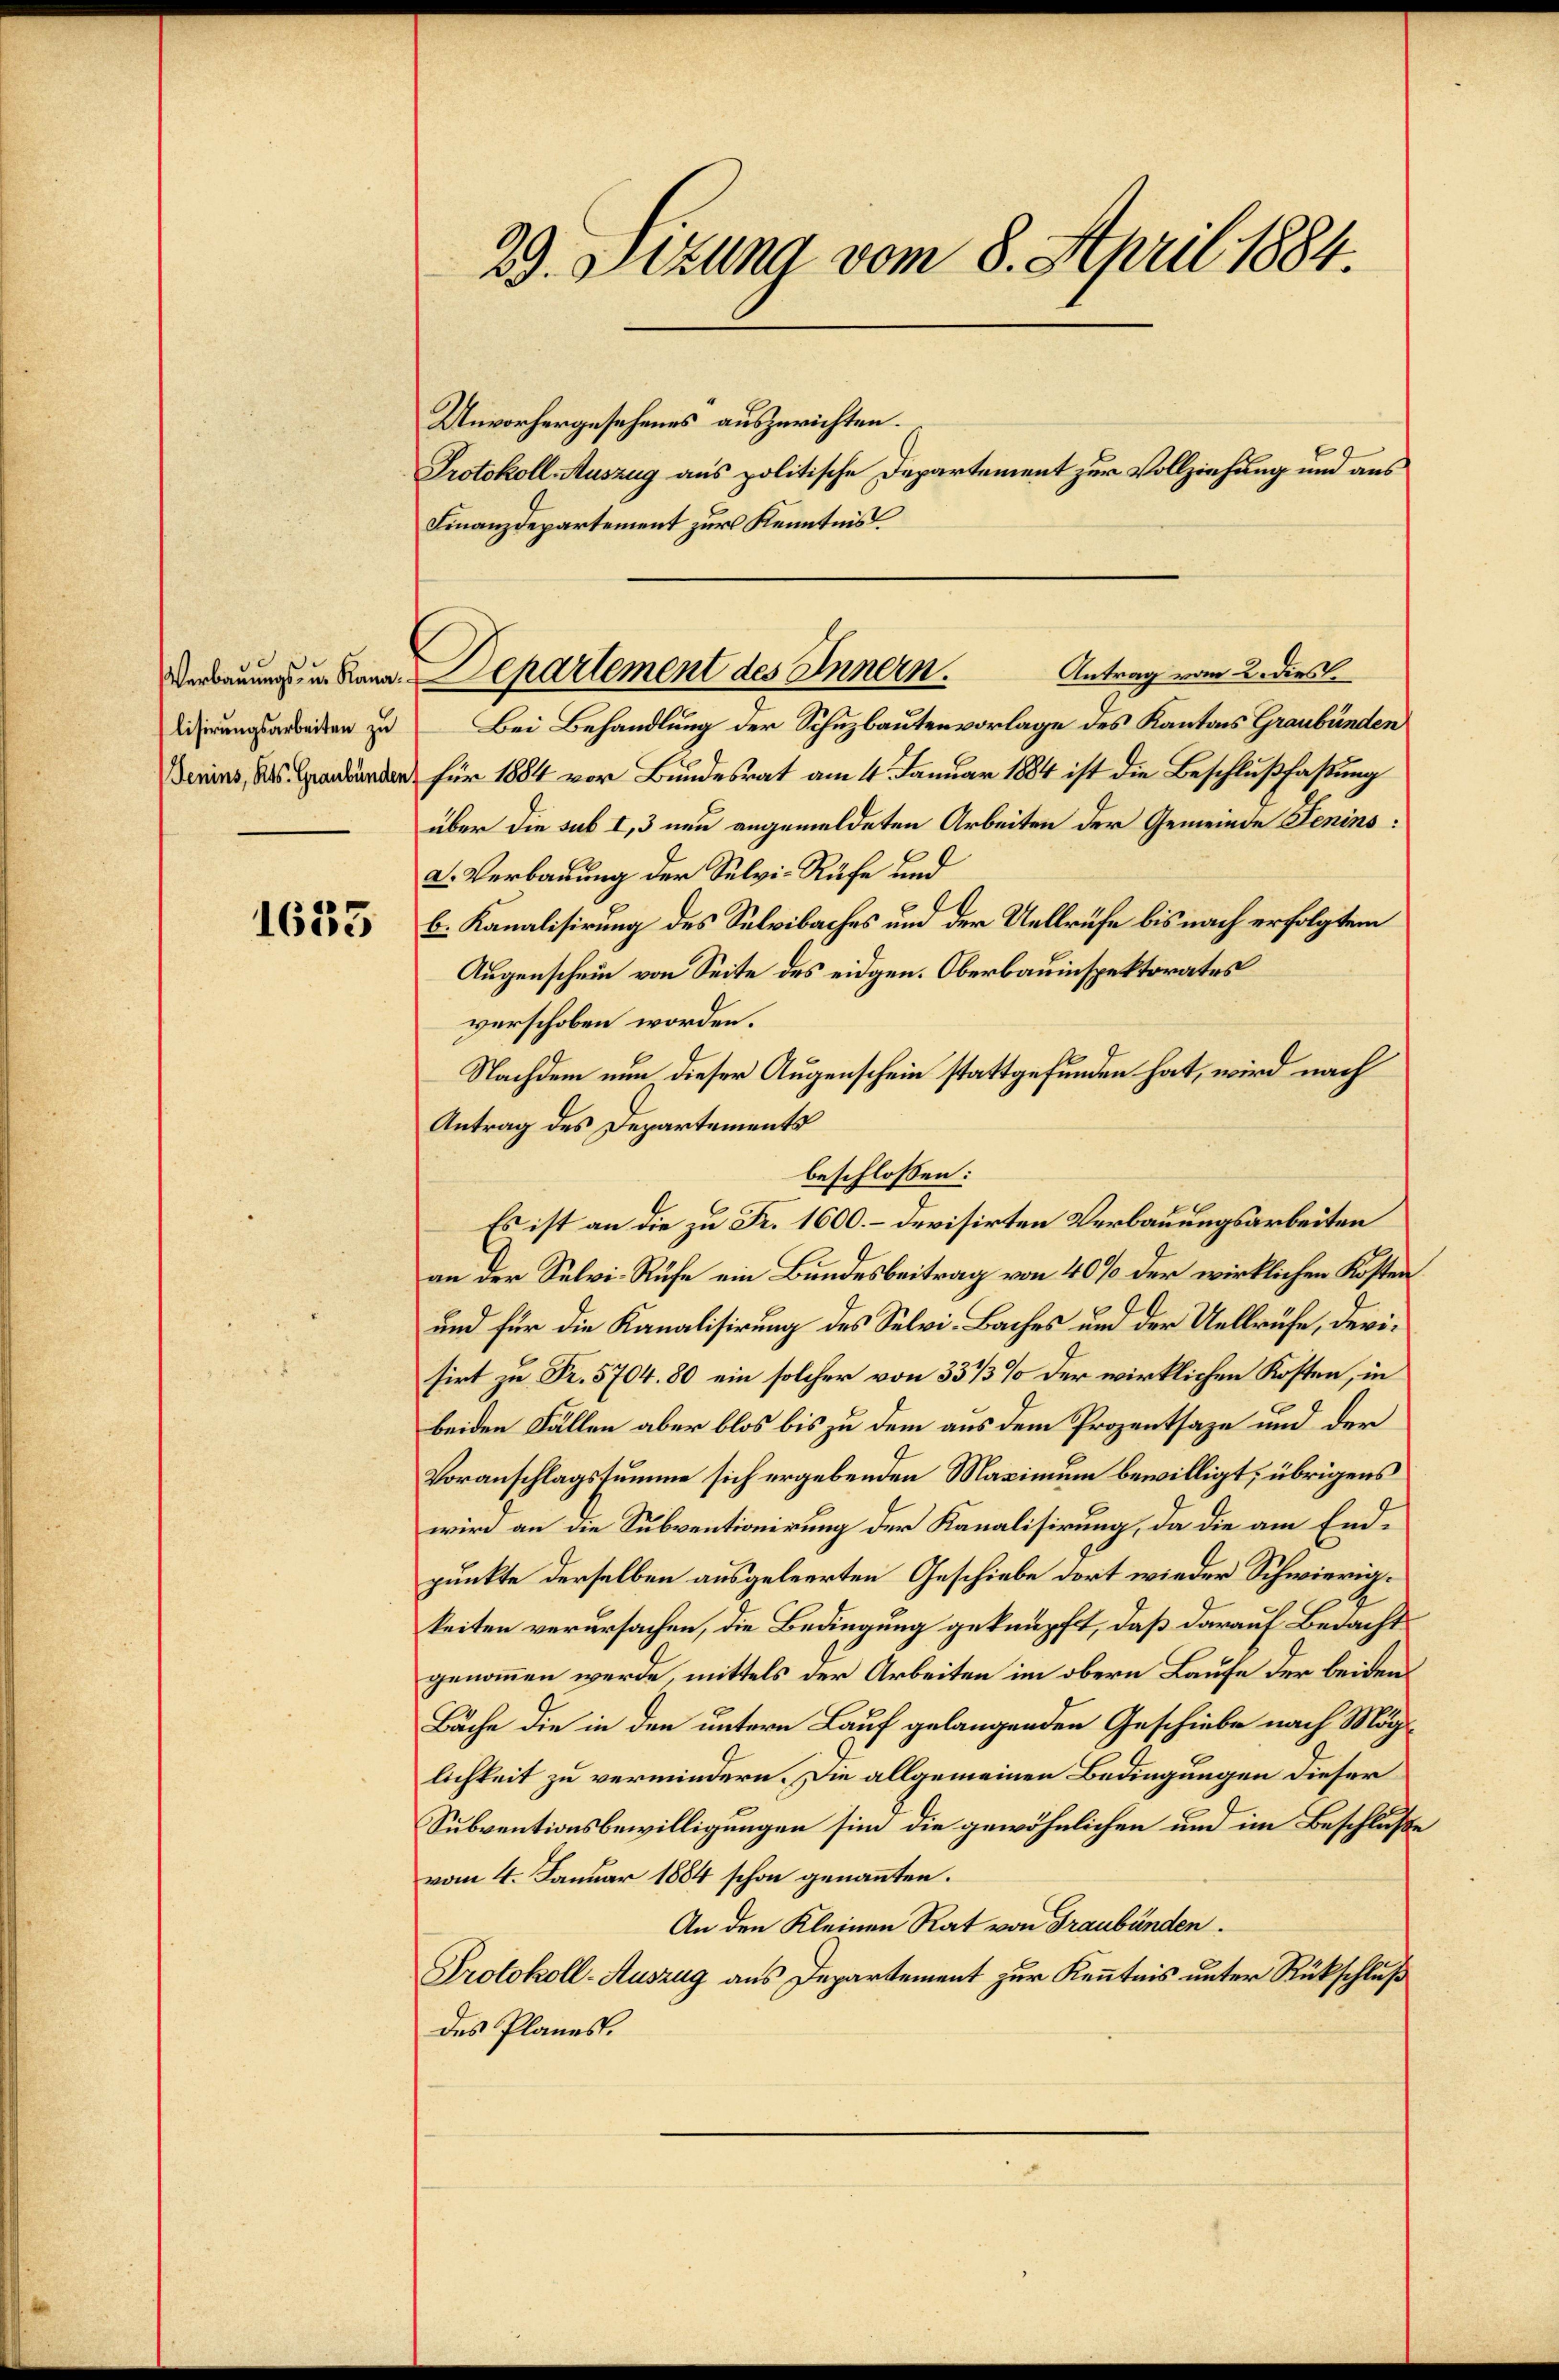
Verbauungs- u. Kana
lisirungsarbeiten zu
Jenins, Kts. Graubünden

1633

29. Setzung vom 8. April 1884.

Unvorhergesehenes auszurichten.
Protokoll-Auszug aus politische Departement zur Vollziehung und aus
Finanzdepartement zur Kenntnis
Bei Behandlung der Schuzbautenvorlage des Kantons Graubünden
für 1884 vor Bundesrat am 4. Januar 1884 ist die Beschlußfaßung
über die sub I, 3 neu angemeldeten Arbeiten der Gemeinde Senins:
2. Verbauung der Selvi-Rufe und
b. Kanalisirung des Selvibaches und der Uellrüfe bis nach erfolgtem
Augenschein von Seite des eidgen. Oberbauinspektorates
verschoben worden.
Nachdem nun dieser Augenschein stattgefunden hat, wird nach
Antrag des Departements
beschlossen:
Es ist an die zu Fr. 1600.- devisirten Verbauungsarbeiten
an der Selvi-Rufe ein Bundesbeitrag von 40% der wirklichen Kosten
und für die Kanalisirung des Selvi-Baches und der Uellrüfe, devisirt zu Fr. 5704. 80 ein solcher von 331/3% der wirklichen Kosten, in
beiden Fällen aber blos bis zu dem aus dem Prozentsage und der
Voranschlagssumme sich ergebenden Maximum bewilligt; übrigens
wird an die Subventionirung der Kanalisirung, da die am Endpunkte derselben ausgeleerten Geschiebe dort wieder Schwierigkeiten verursachen, die Bedingung geknüpft, daß darauf Bedacht
genommen werde, mittels der Arbeiten im obern Laufe der beiden
Bäche die in den untern Lauf gelangenden Geschiebe nach Möglichkeit zu vermindern. Die allgemeinen Bedingungen dieser
Subventionsbewilligungen sind die gewöhnlichen und im Beschluße
vom 4. Januar 1884 schon genannten.
An den Kleinen Rat von Graubünden.
Protokoll-Auszug aus Departement zur Kenntnis unter Rückschluß
des Planes.

Antrag vom 2. dies
Departement des Innern.